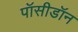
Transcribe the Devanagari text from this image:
पॉसीडॉन